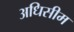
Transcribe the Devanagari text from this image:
अधिसीम